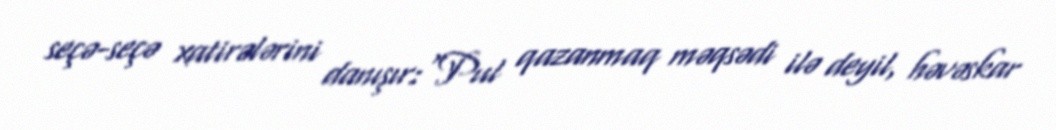
seçə-seçə xatirələrini danışır:“Pul qazanmaq məqsədi ilə deyil, həvəskar